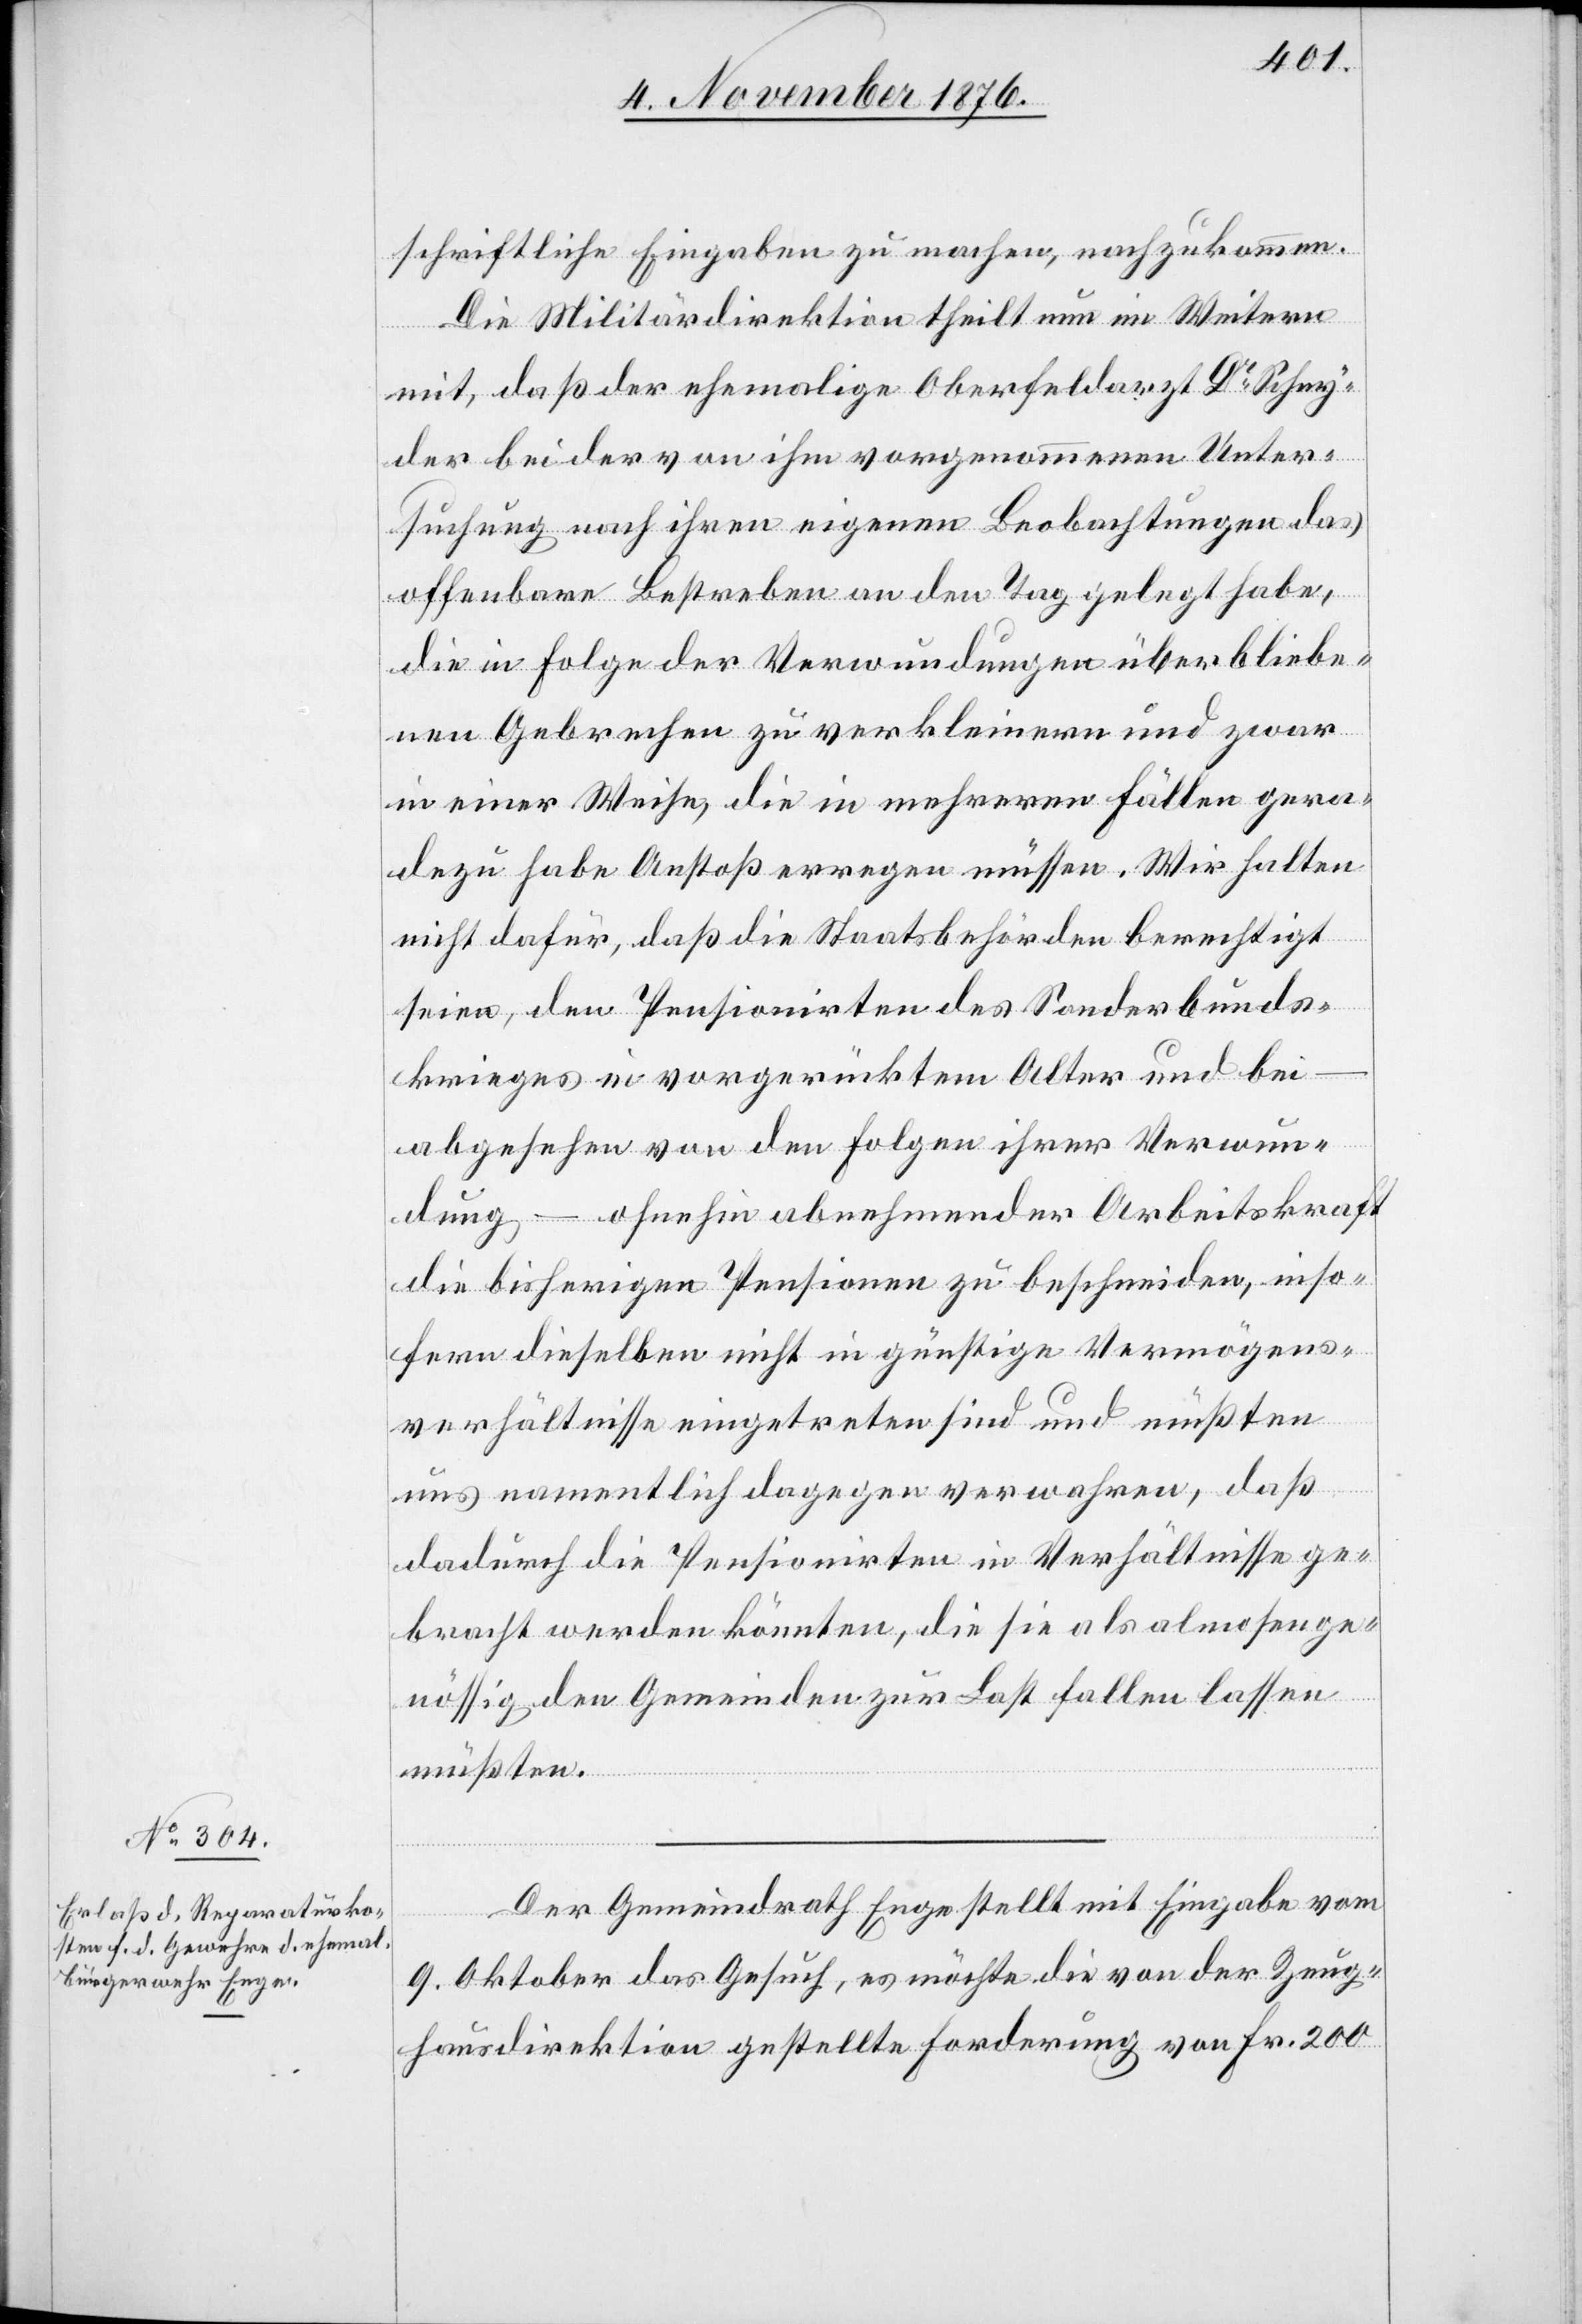
schriftliche Eingaben zu machen, nachzukommen.
Die Militärdirektion theilt nun im Weitern
mit, daß der ehemalige Oberfeldarzt Dr Schny¬
der bei der von ihm vorgenommenen Unter¬
suchung nach ihren eigenen Beobachtungen das
offenbare Bestreben an den Tag gelegt habe,
die in Folge der Verwundungen überbliebe¬
nen Gebrechen zu verkleinern und zwar
in einer Weise, die in mehreren Fällen gera¬
dezu habe Anstoß erregen müssen. Wir halten
nicht dafür, daß die Staatsbehörden berechtigt
seien, den Pensionirten des Sonderbunds¬
krieges in vorgerücktem Alter und bei
abgesehen von den Folgen ihrer Verwun¬
dung – ohnehin abnehmender Arbeitskraft
die bisherigen Pensionen zu beschneiden, inso¬
fern dieselben nicht in günstige Vermögens¬
verhältnisse eingetreten sind und müßten
uns namentlich dagegen verwahren, daß
dadurch die Pensionirten in Verhältnisse ge¬
bracht werden könnten, die sie als almosenge¬
nössig den Gemeinden zur Last fallen lassen
müßten.
Der Gemeindrath Enge stellt mit Eingabe vom
9. Oktober das Gesuch, es möchte die von der Zeug¬
hausdirektion gestellte Forderung von Fr. 200